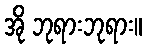
အို ဘုရားဘုရား။